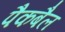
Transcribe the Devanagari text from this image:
पैकबैल